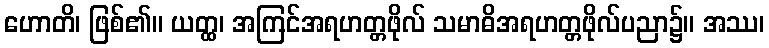
ဟောတိ၊ ဖြစ်၏။ ယတ္ထ၊ အကြင်အရဟတ္တဖိုလ် သမာဓိအရဟတ္တဖိုလ်ပညာ၌။ အဿ၊